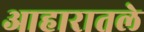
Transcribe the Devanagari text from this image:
आहारातले